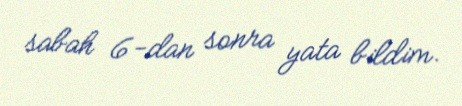
sabah 6-dan sonra yata bildim.